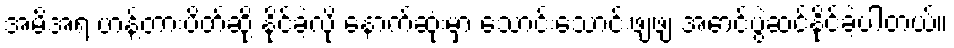
အမိအရ ဟန့်တားပိတ်ဆို့ နိုင်ခဲ့လို့ နောက်ဆုံးမှာ သောင်းသောင်းဖျဖျ အောင်ပွဲဆင်နိုင်ခဲ့ပါတယ်။